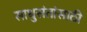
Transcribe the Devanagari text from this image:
साधुसंतांसाठी